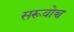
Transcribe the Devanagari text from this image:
सरूवोच्च